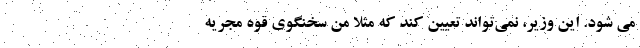
می شود. این وزیر، نمی‌تواند تعیین کند که مثلا من سخنگوی قوه مجریه